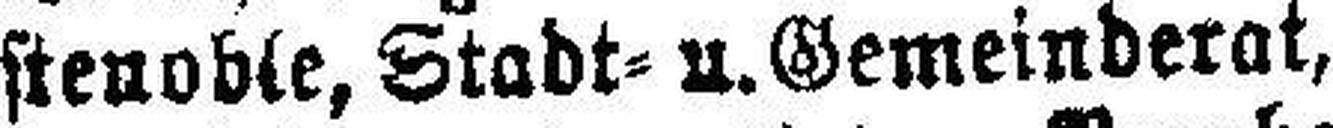
stenoble, Stadt= u. Gemeinderat,